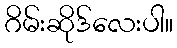
ဂိမ်းဆိုဒ်လေးပါ။